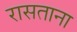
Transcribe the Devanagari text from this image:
रासताना